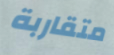
متقاربة